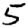
Digit: 5